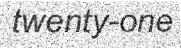
twenty-one